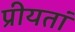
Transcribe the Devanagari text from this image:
प्रीयतां